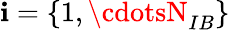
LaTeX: \mathbf{i}=\{ 1,\cdotsN_{IB}\}